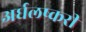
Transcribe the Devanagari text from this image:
अर्धलष्करी